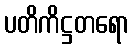
ပတိကိဋ္ဌတရော